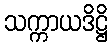
သက္ကာယဒိဋ္ဌိ